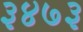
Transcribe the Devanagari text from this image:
३४७३